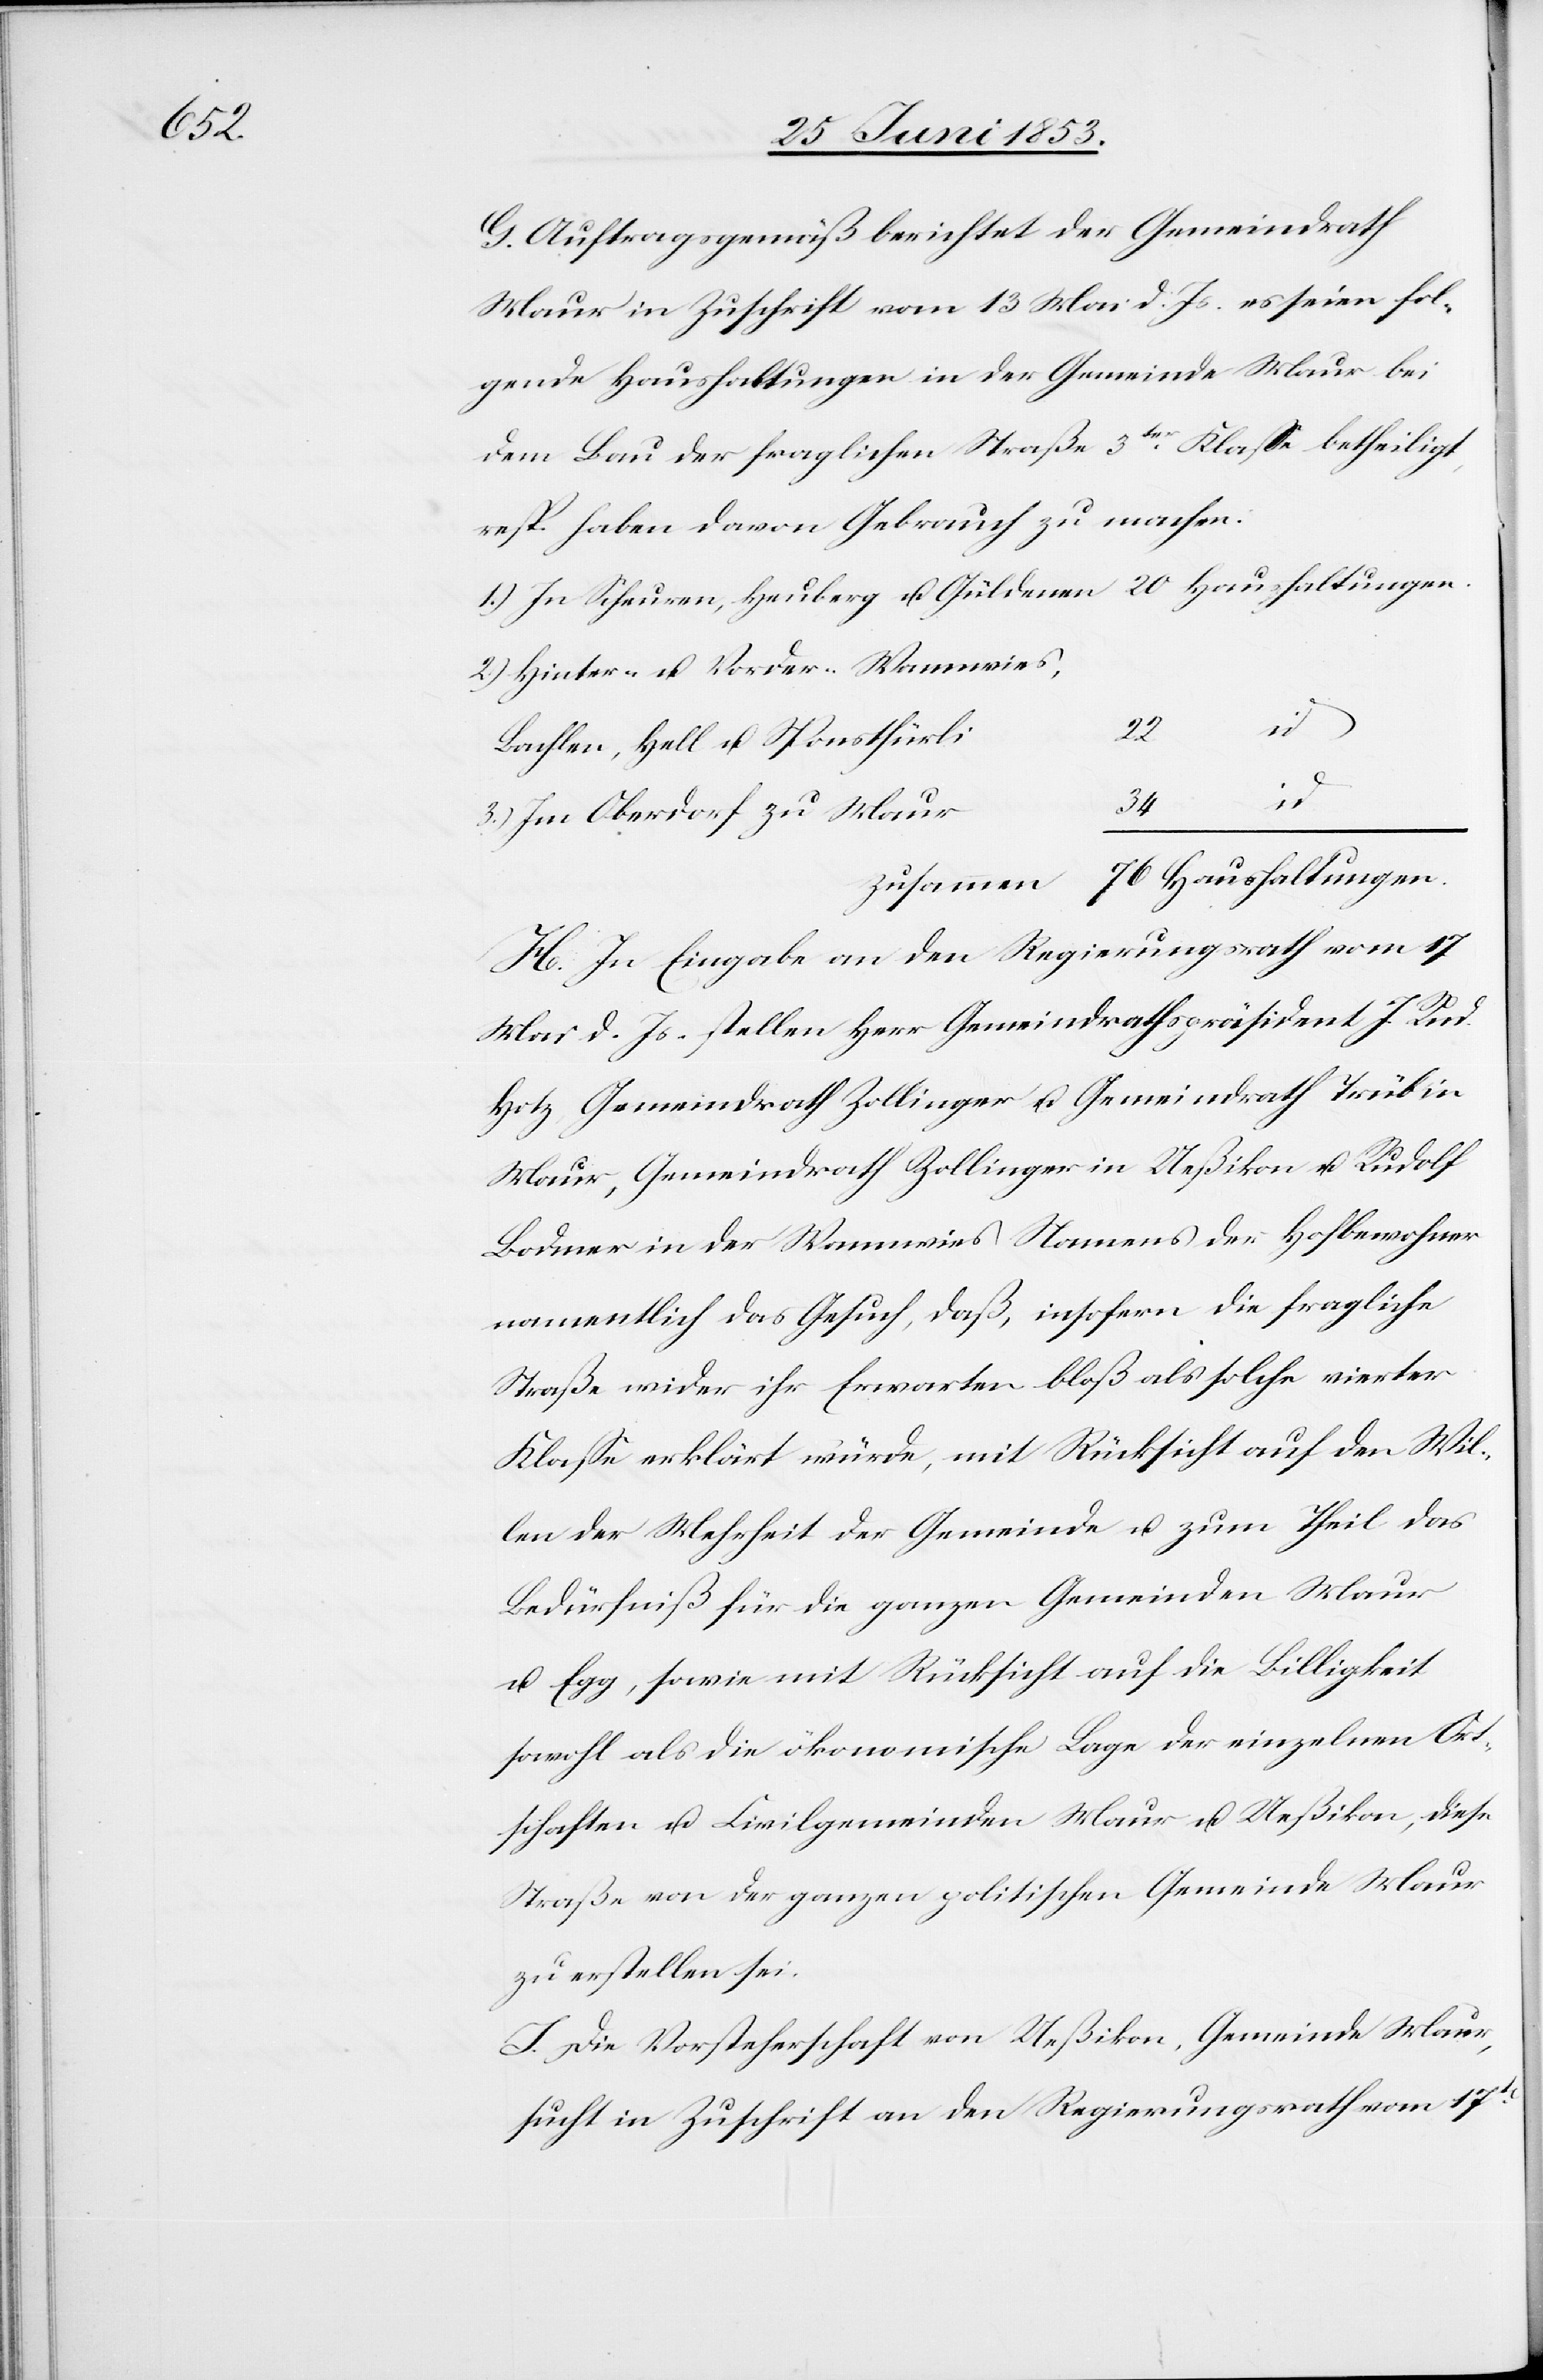
G. Auftragsgemäß berichtet der Gemeindrath
Maur in Zuschrift vom 13 Mai d. Js. es seien fol¬
gende Haushaltungen in der Gemeinde Maur bei
dem Bau der fraglichen Straße 3ter. Klaße betheiligt,
resp. haben davon Gebrauch zu machen.
1.) In Scheuren, Heuberg u. Güldenen 20 Haushaltungen.
2.) Hinter- u. Vorder-Wannwies,
Bachlen, Hell u. Sponsthürli
3.) Im Oberdorf zu Maur
zusammen	 76 Haushaltungen.
H. In Eingabe an den Regierungsrath vom 17
Mai d. Js. stellen Herr Gemeindrathspräsident J. Rud.
Hotz, Gemeindrath Zollinger u. Gemeindrath Trüb in
Maur, Gemeindrath Zollinger in Ueßikon u. Rudolf
Bodmer in der Wannwies Namens der Hofbewohner
namentlich das Gesuch, daß, insofern die fragliche
Straße wider ihr Erwarten bloß als solche vierter
Klaße erklärt würde, mit Rücksicht auf den Wil¬
len der Mehrheit der Gemeinde u. zum Theil das
Bedürfniß für die ganzen Gemeinden Maur
u. Egg, sowie mit Rücksicht auf die Billigkeit
sowohl als die ökonomische Lage der einzelnen Ort¬
schaften u. Civilgemeinden Maur u. Ueßikon, diese
Straße von der ganzen politischen Gemeinde Maur
zu erstellen sei.
I. Die Vorsteherschaft von Ueßikon, Gemeinde Maur,
sucht in Zuschrift an den Regierungsrath vom 17t.